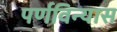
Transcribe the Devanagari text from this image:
पर्णविन्यास